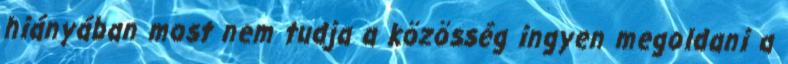
hiányában most nem tudja a közösség ingyen megoldani a